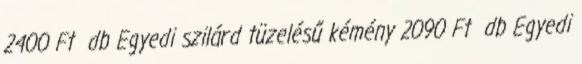
2400 Ft db Egyedi szilárd tüzelésű kémény 2090 Ft db Egyedi